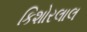
કિશોરલાલ